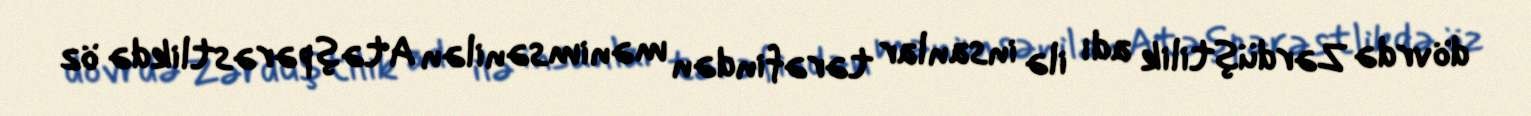
dövrdə Zərdüştilik adı ilə insanlar tərəfindən mənimsənilən Atəşpərəstlikdə öz